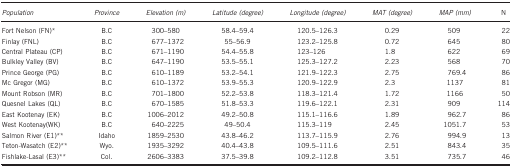
<table><thead><tr><td><b><i>Population</i></b></td><td><b><i>Province</i></b></td><td><b><i>Elevation (m)</i></b></td><td><b><i>Latitude (degree)</i></b></td><td><b><i>Longitude (degree)</i></b></td><td><b><i>MAT (degree)</i></b></td><td><b><i>MAP (mm)</i></b></td><td><b>N</b></td></tr></thead><tbody><tr><td>Fort Nelson (FN)*</td><td>B.C</td><td>300–580</td><td>58.4–59.4</td><td>120.5–126.3</td><td>0.29</td><td>509</td><td>22</td></tr><tr><td>Finlay (FNL)</td><td>B.C</td><td>677–1372</td><td>55–56.9</td><td>123.2–125.8</td><td>0.72</td><td>645</td><td>80</td></tr><tr><td>Central Plateau (CP)</td><td>B.C</td><td>671–1190</td><td>54.4–55.8</td><td>123–126</td><td>1.8</td><td>622</td><td>69</td></tr><tr><td>Bulkley Valley (BV)</td><td>B.C</td><td>647–1190</td><td>53.5–55.1</td><td>125.3–127.2</td><td>2.23</td><td>568</td><td>70</td></tr><tr><td>Prince George (PG)</td><td>B.C</td><td>610–1189</td><td>53.2–54.1</td><td>121.9–122.3</td><td>2.75</td><td>769.4</td><td>86</td></tr><tr><td>Mc Gregor (MG)</td><td>B.C</td><td>610–1372</td><td>53.9–55.3</td><td>120.9–122.9</td><td>2.3</td><td>1137</td><td>81</td></tr><tr><td>Mount Robson (MR)</td><td>B.C</td><td>701–1800</td><td>52.2–53.8</td><td>118.3–121.4</td><td>1.72</td><td>1166</td><td>50</td></tr><tr><td>Quesnel Lakes (QL)</td><td>B.C</td><td>670–1585</td><td>51.8–53.3</td><td>119.6–122.1</td><td>2.31</td><td>909</td><td>114</td></tr><tr><td>East Kootenay (EK)</td><td>B.C</td><td>1006–2012</td><td>49.2–50.8</td><td>115.1–116.6</td><td>1.89</td><td>962.7</td><td>86</td></tr><tr><td>West Kootenay(WK)</td><td>B.C</td><td>640–2225</td><td>49–50.4</td><td>115.3–119</td><td>2.45</td><td>1051.7</td><td>53</td></tr><tr><td>Salmon River (E1)**</td><td>Idaho</td><td>1859–2530</td><td>43.8–46.2</td><td>113.7–115.9</td><td>2.76</td><td>994.9</td><td>13</td></tr><tr><td>Teton-Wasatch (E2)**</td><td>Wyo.</td><td>1935–3292</td><td>40.4–43.8</td><td>109.5–111.6</td><td>2.51</td><td>843.4</td><td>35</td></tr><tr><td>Fishlake-Lasal (E3)**</td><td>Col.</td><td>2606–3383</td><td>37.5–39.8</td><td>109.2–112.8</td><td>3.51</td><td>735.7</td><td>46</td></tr></tbody></table>